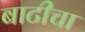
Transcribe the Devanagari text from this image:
बाटीचा